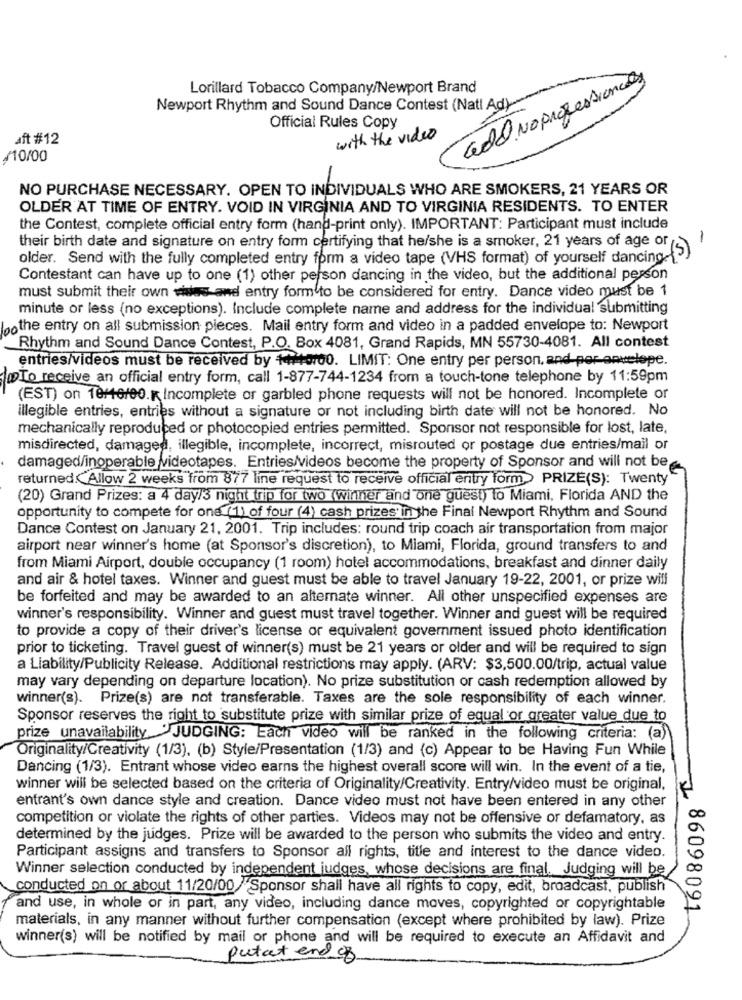
add No professionels
Lorillard Tobacco Company/Newport Brand
Newport Rhythm and Sound Dance Contest (Natl Ad)
Official Rules Copy
aft #12
with the video
/10/00
NO PURCHASE NECESSARY. OPEN TO INDIVIDUALS WHO ARE SMOKERS, 21 YEARS OR
OLDER AT TIME OF ENTRY. VOID IN VIRGINIA AND TO VIRGINIA RESIDENTS. TO ENTER
the Contest, complete official entry form (hand-print only). IMPORTANT: Participant must include
their birth date and signature on entry form certifying that he/she is a smoker, 21 years of age or
-
older. Send with the fully completed entry form a video tape (VHS format) of yourself dancing-
Contestant can have up to one (1) other person dancing in the video, but the additional person
must submit their own wines and entry form to be considered for entry. Dance video must be 1
minute or less (no exceptions). Include complete name and address for the individual submitting
bothe entry on all submission pieces. Mail entry form and video in a padded envelope to: Newport
Rhythm and Sound Dance Contest, P.O. Box 4081, Grand Rapids, MN 55730-4081. All contest
entries/videos must be received by +0100. LIMIT: One entry per person, and por-envelope.
To receive an official entry form, call 1-877-744-1234 from a touch-tone telephone by 11:59pm
(EST) on 18/16/00. K Incomplete or garbled phone requests will not be honored. Incomplete or
illegible entries, entries without a signature or not including birth date will not be honored. No
mechanically reproduced or photocopied entries permitted. Sponsor not responsible for lost, late,
misdirected, damaged, illegible, incomplete, incorrect, misrouted or postage due entries/mail or
damaged/inoperable videotapes. Entries/videos become the property of Sponsor and will not be-
returned.Allow 2 weeks from 877 line request to receive official entry form> PRIZE(S): Twenty
(20) Grand Prizes: a 4 day/s night trip for two (winner and one guest) to Miami, Florida AND the
opportunity to compete for one (1) of four (4) cash prizes in the Final Newport Rhythm and Sound
Dance Contest on January 21, 2001. Trip includes: round trip coach air transportation from major
airport near winner's home (at Sponsor's discretion), to Miami, Florida, ground transfers to and
from Miami Airport, double occupancy (1 room) hotel accommodations, breakfast and dinner daily
and air & hotel taxes. Winner and guest must be able to travel January 19-22, 2001, or prize will
be forfeited and may be awarded to an alternate winner. All other unspecified expenses are
winner's responsibility. Winner and guest must travel together. Winner and guest will be required
to provide a copy of their driver's license or equivalent government issued photo identification
prior to ticketing. Travel guest of winner(s) must be 21 years or older and will be required to sign
a Liability/Publicity Release. Additional restrictions may apply. (ARV: $3,500.00/trip, actual value
may vary depending on departure location). No prize substitution or cash redemption allowed by
winner(s). Prize(s) are not transferable. Taxes are the sole responsibility of each winner.
Sponsor reserves the right to substitute prize with similar prize of equal or greater value due to
prize unavailability JUDGING: Each video will be ranked in the following criteria: (a)
Originality/Creativity (1/3), (b) Style/Presentation (1/3) and (c) Appear to be Having Fun While
Dancing (1/3). Entrant whose video earns the highest overall score will win. In the event of a tie,
winner will be selected based on the criteria of Originality/Creativity. Entry/video must be original,
entrant's own dance style and creation. Dance video must not have been entered in any other
competition or violate the rights of other parties. Videos may not be offensive or defamatory, as
determined by the judges. Prize will be awarded to the person who submits the video and entry.
Participant assigns and transfers to Sponsor all rights, title and interest to the dance video.
Winner selection conducted by independent judges, whose decisions are final, Judging will be
conducted on or about 11/20/00 /'Sponsor shall have all rights to copy, edit, broadcast, publish
and use, in whole or in part, any video, including dance moves, copyrighted or copyrightable
86098091
materials, in any manner without further compensation (except where prohibited by law). Prize
winner(s) will be notified by mail or phone and will be required to execute an Affidavit and
putat end of